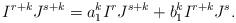
LaTeX: \begin{align*} I^{r+k}J^{s+k}=a_1^k I^r J^{s+k} + b_1^k I^{r+k} J^{s}.\end{align*}